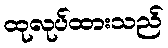
ထုလုပ်ထားသည်